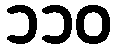
၁၁၀